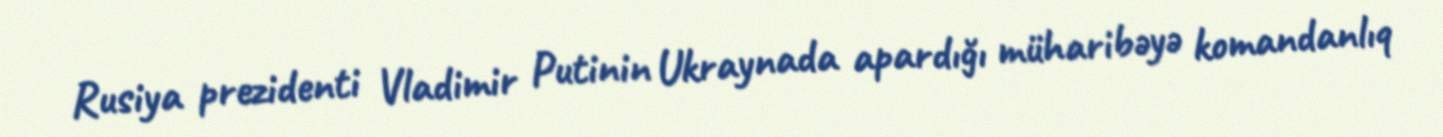
Rusiya prezidenti Vladimir Putinin Ukraynada apardığı müharibəyə komandanlıq